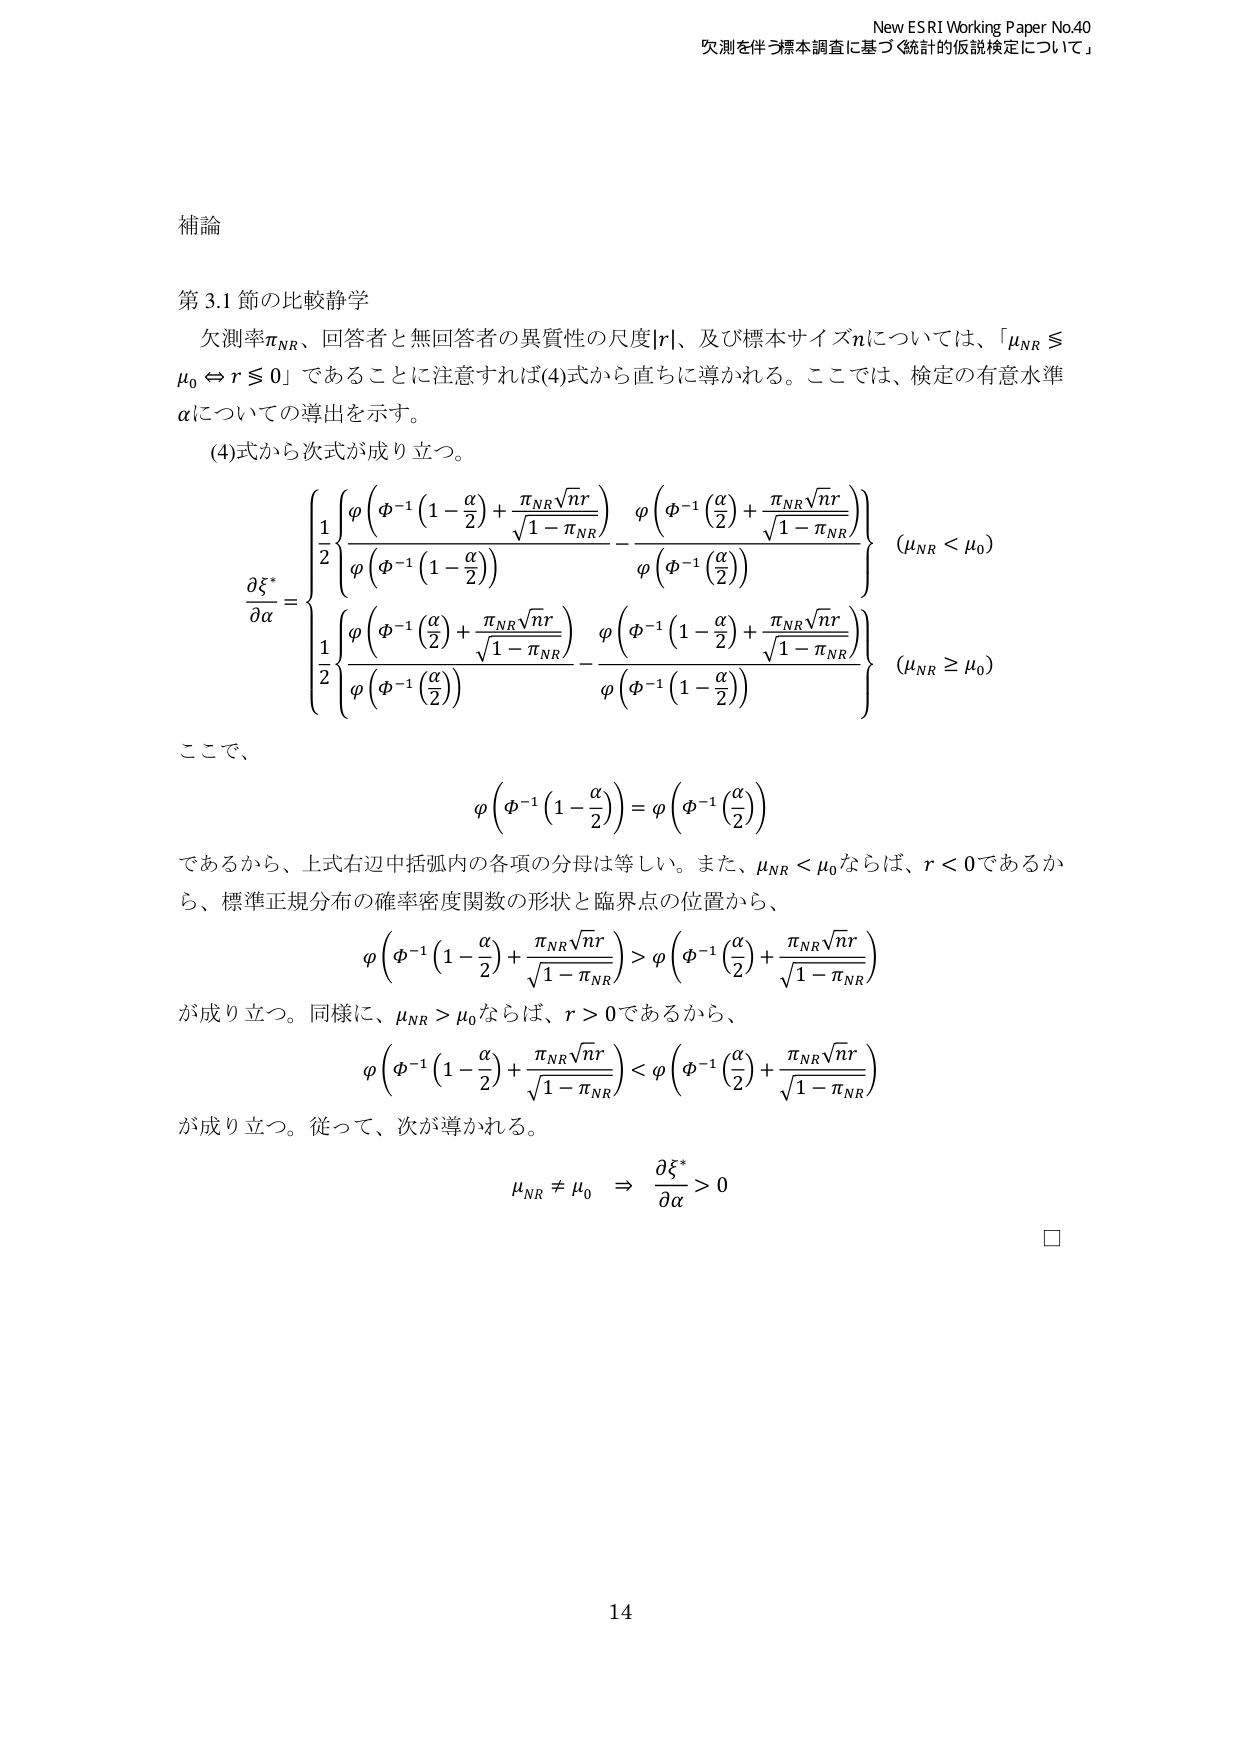
補論

第 3.1 節の比較静学
欠測率πNR、回答者と無回答者の異質性の尺度|r|、及び標本サイズnについては、「μNR ≤ μ0 ⇔ r ≤ 0」であることに注意すれば(4)式から直ちに導かれる。ここでは、検定の有意水準αについての導出を示す。
(4)式から次式が成り立つ。

∂ξ* / ∂α =
{
  1/2 [ φ(Φ⁻¹(1 - α/2) + πNR√n r / √(1 - πNR)) / φ(Φ⁻¹(1 - α/2)) - φ(Φ⁻¹(α/2) + πNR√n r / √(1 - πNR)) / φ(Φ⁻¹(α/2)) ]   (μNR < μ0)
  1/2 [ φ(Φ⁻¹(α/2) + πNR√n r / √(1 - πNR)) / φ(Φ⁻¹(α/2)) - φ(Φ⁻¹(1 - α/2) + πNR√n r / √(1 - πNR)) / φ(Φ⁻¹(1 - α/2)) ]   (μNR ≥ μ0)
}

ここで、
φ(Φ⁻¹(1 - α/2)) = φ(Φ⁻¹(α/2))
であるから、上式右辺中括弧内の各項の分母は等しい。また、μNR < μ0ならば、r < 0であるから、標準正規分布の確率密度関数の形状と臨界点の位置から、
φ(Φ⁻¹(1 - α/2) + πNR√n r / √(1 - πNR)) > φ(Φ⁻¹(α/2) + πNR√n r / √(1 - πNR))
が成り立つ。同様に、μNR > μ0ならば、r > 0であるから、
φ(Φ⁻¹(1 - α/2) + πNR√n r / √(1 - πNR)) < φ(Φ⁻¹(α/2) + πNR√n r / √(1 - πNR))
が成り立つ。従って、次が導かれる。
μNR ≠ μ0 ⇒ ∂ξ* / ∂α > 0

□

New ESRI Working Paper No.40
欠測を伴う標本調査に基づく「統計的仮説検定について」

14